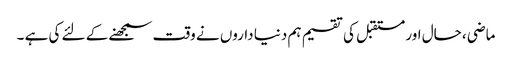
ماضی ، حال اور مستقبل کی تقسیم ہم دنیا داروں نے وقت سمجھنے کے لئے کی ہے ۔